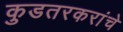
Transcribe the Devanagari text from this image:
कुडतरकरांचे